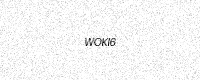
Text: WOKI6